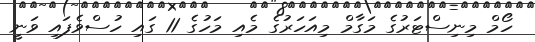
ހޯމް މިނިސްޓަރުގެ މަގާމް މިއަހަރުގެ މެއި މަހުގެ 11 ގައި ހުސްވެފައި ވަނީ